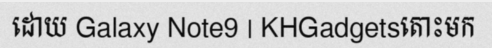
ដោយ Galaxy Note9 | KHGadgetsតោះមក